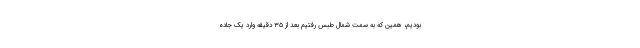
بودیم، همین که به سمت شمال طبس رفتیم بعد از ۳۵ دقیقه وارد یک جاده